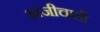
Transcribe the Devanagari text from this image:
आजीचाही